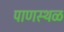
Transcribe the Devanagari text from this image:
पाणस्थळ